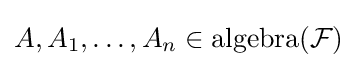
A,A_{1},\ldots ,A_{n}\in \operatorname {algebra} ({\mathcal {F}})